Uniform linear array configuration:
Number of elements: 24
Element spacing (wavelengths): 0.5
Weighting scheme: uniform
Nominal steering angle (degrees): -60
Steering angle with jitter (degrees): -61.853
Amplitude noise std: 0.05
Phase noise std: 0.05

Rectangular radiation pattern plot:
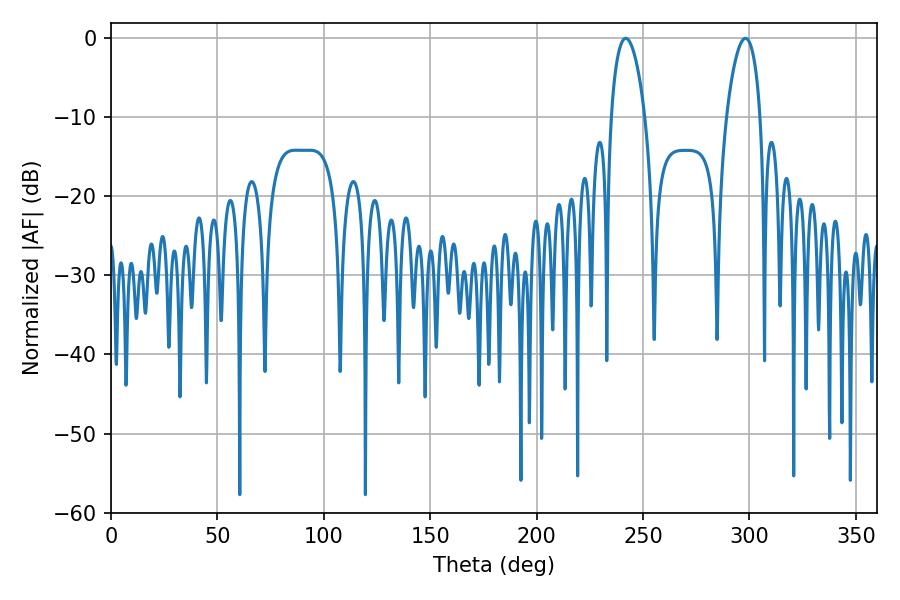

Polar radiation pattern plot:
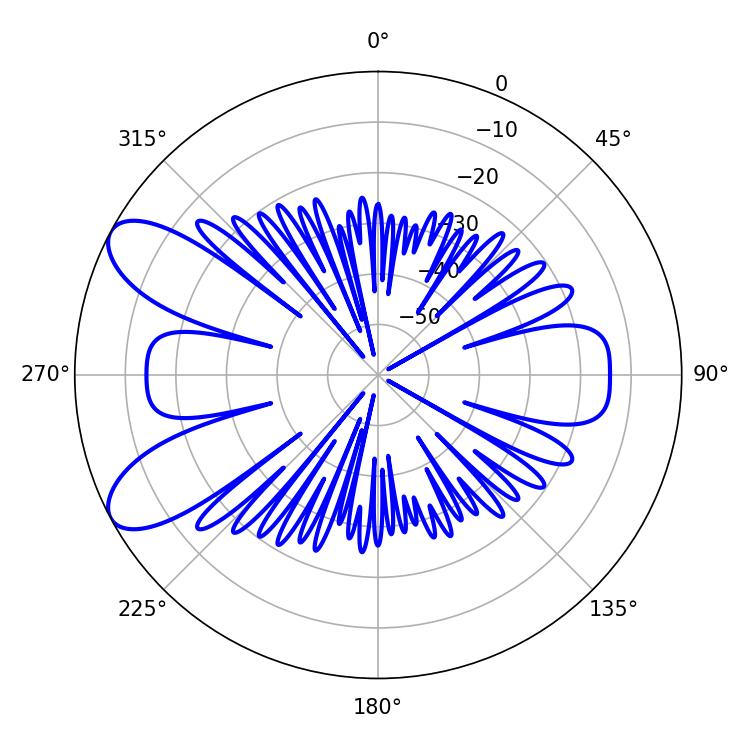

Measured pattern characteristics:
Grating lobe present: FALSE
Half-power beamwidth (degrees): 9
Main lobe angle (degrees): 241.92